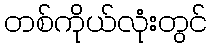
တစ်ကိုယ်လုံးတွင်